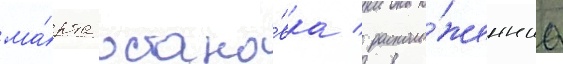
ма́рта остано́вка / располо́женнаа